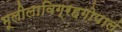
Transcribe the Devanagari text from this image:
भूलीलाविग्रहगोपालं